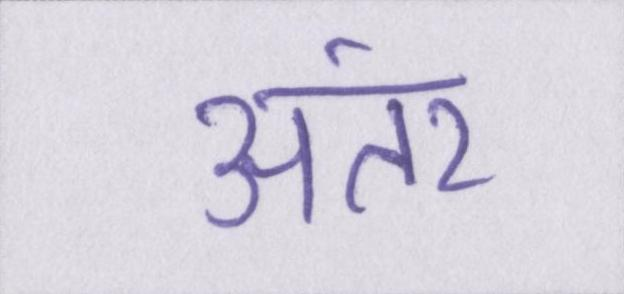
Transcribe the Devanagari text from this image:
अंतर